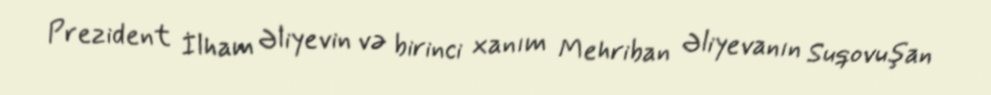
Prezident İlham Əliyevin və birinci xanım Mehriban Əliyevanın Suqovuşan